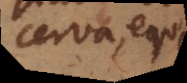
cerva, equa